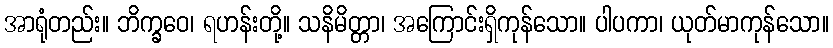
အာရုံတည်း။ ဘိက္ခဝေ၊ ရဟန်းတို့။ သနိမိတ္တာ၊ အကြောင်းရှိကုန်သော။ ပါပကာ၊ ယုတ်မာကုန်သော။